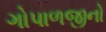
ગોપાળજીનો